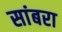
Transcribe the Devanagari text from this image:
सांबरा